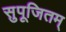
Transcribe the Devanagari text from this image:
सुपूजितम्